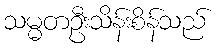
သမ္မတဦးသိန်းစိန်သည်